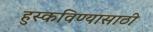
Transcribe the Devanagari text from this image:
हुस्कविण्यासाठी